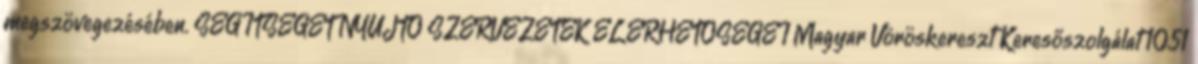
megszövegezésében. SEGÍTSÉGET NYÚJTÓ SZERVEZETEK ELÉRHETŐSÉGEI Magyar Vöröskereszt Keresőszolgálat 1051